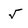
Character: 5